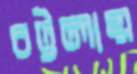
চট্টলায়